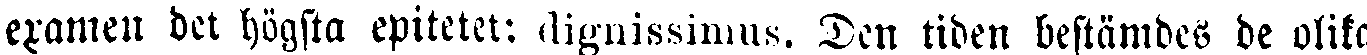
examen det högsta epitetet: dignissimus. Den tiden bestämdes de olika